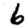
Digit: 6